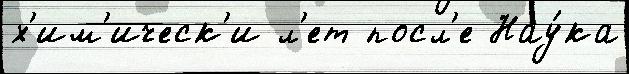
х'им'ическ'и л'ет посл'е Нау́ка